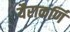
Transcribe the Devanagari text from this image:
यैराकर्णि